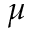
\mu